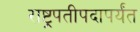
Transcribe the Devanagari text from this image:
राष्ट्रपतीपदापर्यंत